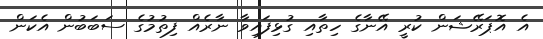
އެ އޮޕަރޭޝަން ކުރީ އޭނާގެ ހިތާއި ގުޅިފައިވާ ނާރެއް ފިތުމުގެ ސަބަބުން އެކަން